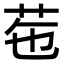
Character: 𦭥